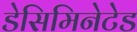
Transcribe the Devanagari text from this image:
डेसिमिनेटेड